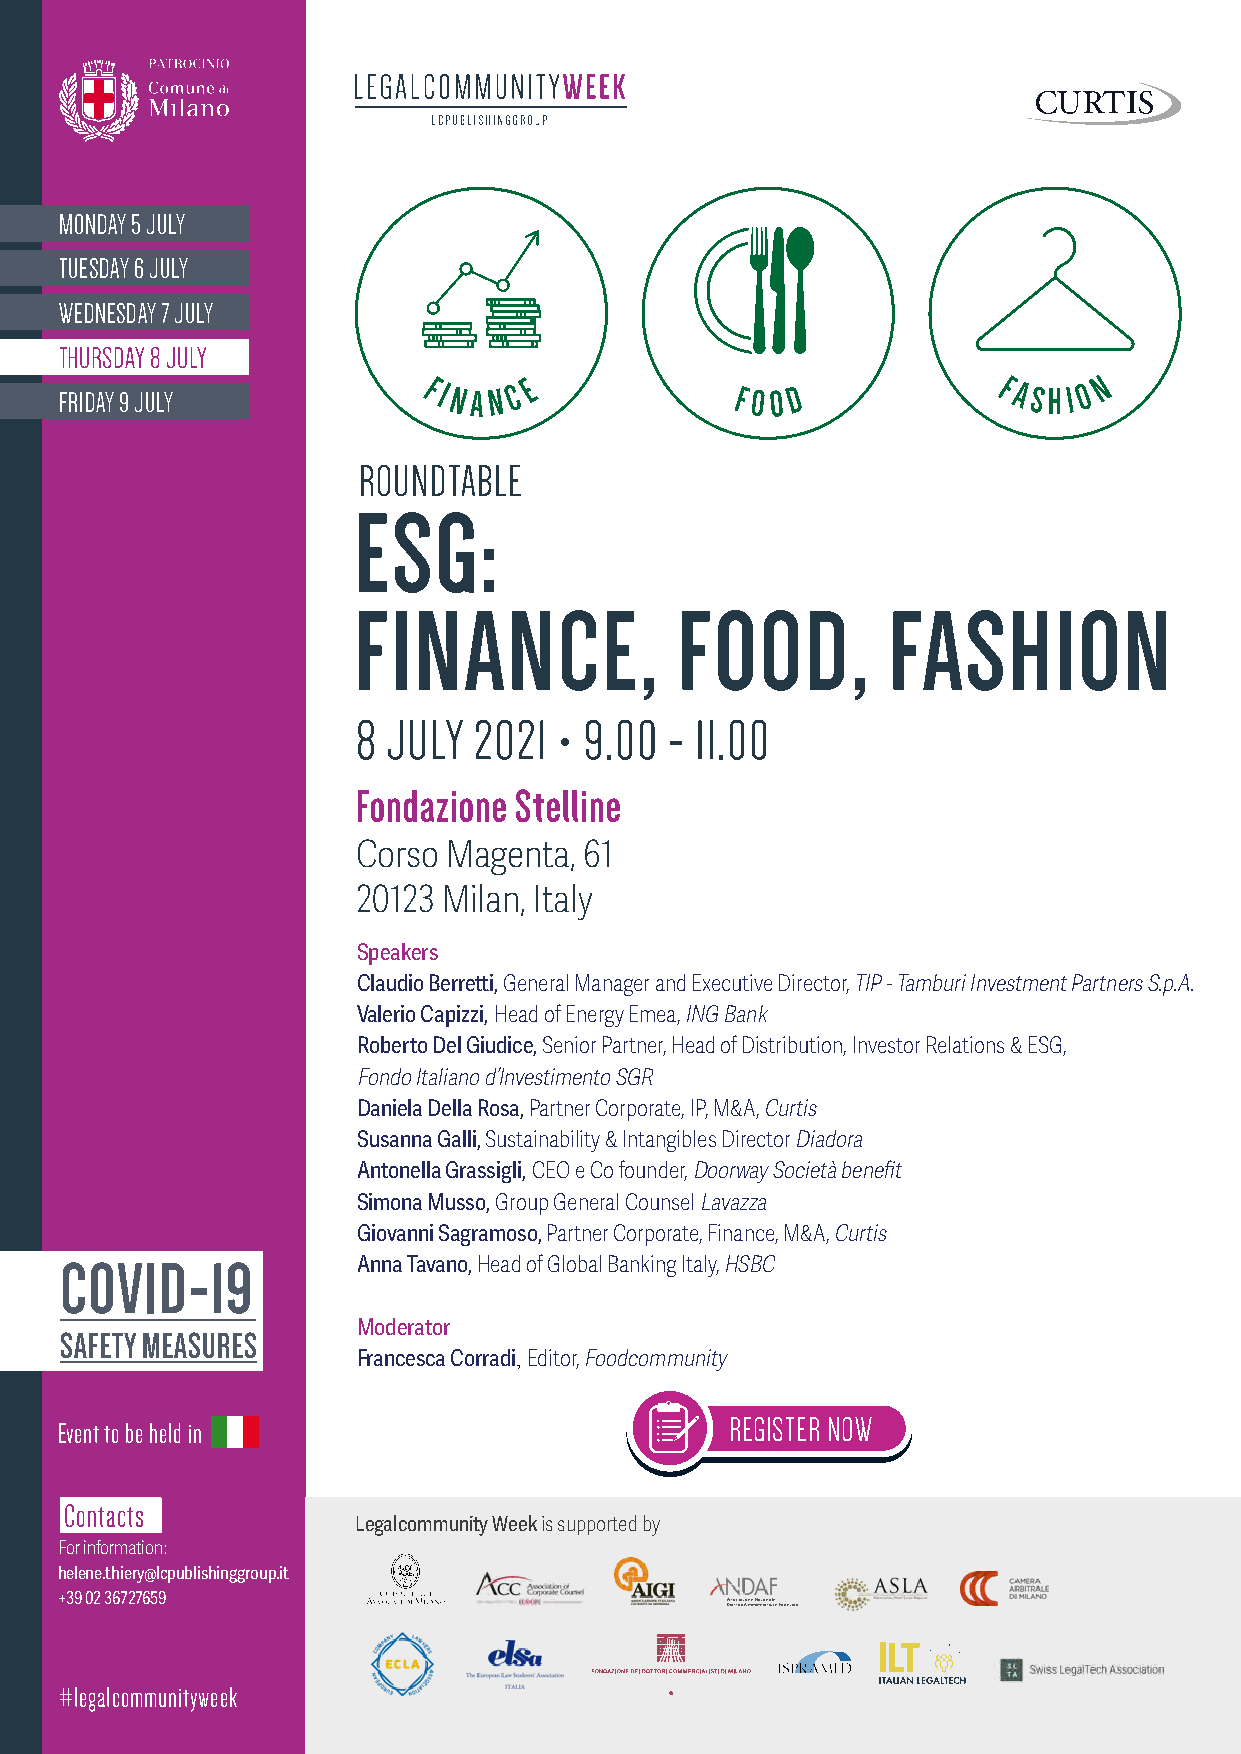
MONDAY 5 JULY
 TUESDAY 6 JULY
 WEDNESDAY 7 JULY
 THURSDAY 8 JULY
 FRIDAY 9 JULY           FINA N C E          FOO D             FASH I O N
 ROUNDTABLE
 ESG:
 FINANCE,              FOOD,         FASHION
 8 JULY 2021  • 9.00 - 11.00
 Fondazione Stelline
 Corso Magenta, 61
 20123 Milan, Italy
 Speakers
 Claudio Berretti, General Manager and Executive Director, TIP - Tamburi Investment Partners S.p.A.
 Valerio Capizzi, Head of Energy Emea, ING Bank
 Roberto Del Giudice, Senior Partner, Head of Distribution, Investor Relations & ESG,
 Fondo Italiano d’Investimento SGR
 Daniela Della Rosa, Partner Corporate, IP, M&A, Curtis
 Susanna Galli, Sustainability & Intangibles Director Diadora
 Antonella Grassigli, CEO e Co founder, Doorway Società benefit
 Simona Musso, Group General Counsel Lavazza
 Giovanni Sagramoso, Partner Corporate, Finance, M&A, Curtis
 COVID-19            Anna Tavano, Head of Global Banking Italy, HSBC
 Moderator
 SAFETY MEASURES
 Francesca Corradi, Editor, Foodcommunity
 REGISTER NOW
 Event to be held in
 Contacts
 Legalcommunity Week is supported by
 For information:
 helene.thiery@lcpublishinggroup.it          
 + #3 l9
 e
 0 g2
 a
 3 lc67 o2 m76 m59
 unityweek
 
 